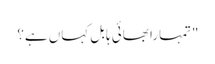
"تمہارا بھائی ہابل کہاں ہے؟